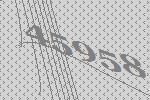
45958